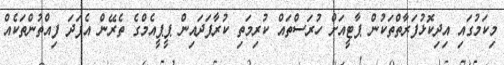
މިކަމުގައި އިދިކޮޅުފަރާތްތަކުން ޕާޓީއަށް ހުރަސްތައް ކުރިމަތި ކުރާފަދައިން ޕީޕީއެމްގެ ތެރޭން އެފަދަ ފިއްތުންތަކެއް